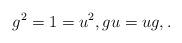
LaTeX: \begin{align*}g^2=1=u^2, g u=u g,.\end{align*}